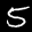
Label: 5